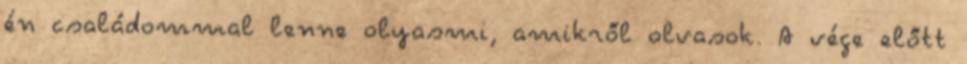
én családommal lenne olyasmi, amikről olvasok. A vége előtt